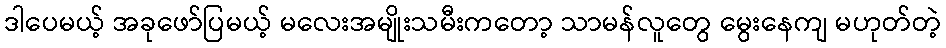
ဒါပေမယ့် အခုဖော်ပြမယ့် မလေးအမျိုးသမီးကတော့ သာမန်လူတွေ မွေးနေကျ မဟုတ်တဲ့